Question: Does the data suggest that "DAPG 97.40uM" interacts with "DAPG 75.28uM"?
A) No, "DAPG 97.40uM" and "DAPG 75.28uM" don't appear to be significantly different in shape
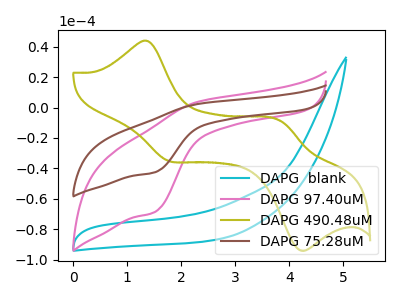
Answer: <think>The cyan curve "DAPG  blank" has no peaks. The pink curve "DAPG 97.40uM" has an anodic peak at (2.30V, 3.65uA) and a cathodic peak at (1.50V, -68.80uA). The olive curve "DAPG 490.48uM" has anodic peaks at (1.40V, 43.70uA) (3.85V, -9.10uA) and cathodic peaks at (1.75V, -35.00uA) (4.20V, -93.55uA). The brown curve "DAPG 75.28uM" has an anodic peak at (2.30V, 2.25uA) and a cathodic peak at (1.50V, -42.65uA).
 All the peaks in "DAPG 97.40uM" have a peak in "DAPG 75.28uM" at the same potential. Every peak in "DAPG 97.40uM" is higher than every peak in "DAPG 75.28uM".</think>
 <answer>A) No, "DAPG 97.40uM" and "DAPG 75.28uM" don't appear to be significantly different in shape</answer>
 <eval>A</eval>